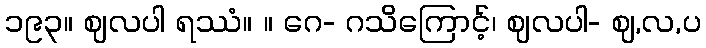
၁၉၃။ ဈလပါ ရဿံ။ ။ ဂေ- ဂသိကြောင့်၊ ဈလပါ- ဈ,လ,ပ